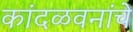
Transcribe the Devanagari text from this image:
कांदळवनांचे